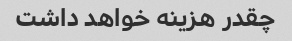
چقدر هزینه خواهد داشت